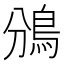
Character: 鳻